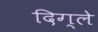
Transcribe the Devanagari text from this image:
दिग्ले